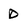
Character: D